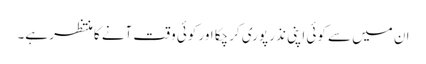
ان میں سے کوئی اپنی نذر پوری کرچکا اور کوئی وقت آنے کا منتظر ہے۔